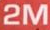
2M